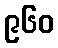
၉၆၀